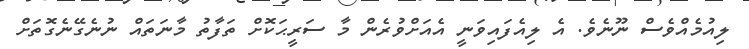
ލިއުމެއްވެސް ނޫނެވެ. އެ ލިއެފައިވަނީ އެއަށްވުރެން މާ ސަރީޙަކޮށް ތަފާތު މާނަތައް ނުނެގޭނެގޮތަށް